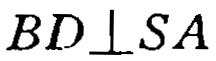
\(BD\perp SA\)